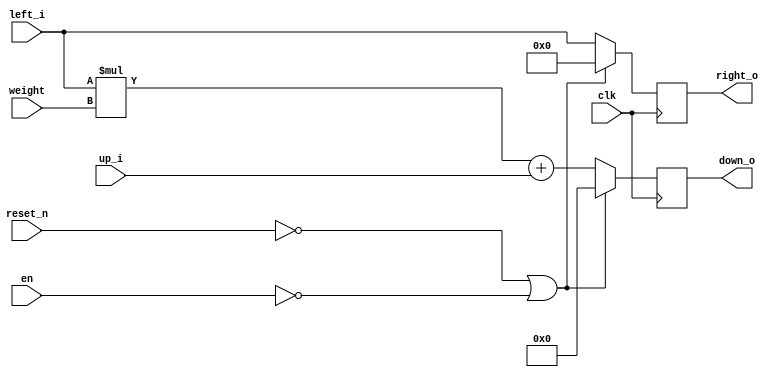
`timescale 1ns / 1ps
//////////////////////////////////////////////////////////////////////////////////
// Company: 
// Engineer: 
// 
// Design Name: 
// Module Name: PE
// Project Name: 
// Target Devices: 
// Tool Versions: 
// Description: 
// 
// Dependencies: 
// 
// Revision:
// Revision 0.01 - File Created
// Additional Comments:
// 
//////////////////////////////////////////////////////////////////////////////////


module PE(
        clk,
        reset_n,
        en,
        weight,
        up_i,
        left_i,
        right_o,
        down_o
    );

 input reset_n, clk, en;
 input wire [0:7] left_i,weight;
 input wire [0:15] up_i;
 output reg [0:7] right_o;
 output reg [0:15] down_o;

 always @(posedge clk)begin
    if(~reset_n || ~en) begin
      right_o = 0;
      down_o = 0;
    end
    else begin  
      down_o = left_i * weight + up_i;
      right_o = left_i;
    end
 end
 
endmodule